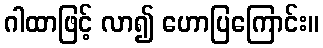
ဂါထာဖြင့် လာ၍ ဟောပြကြောင်း။